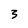
Character: 3